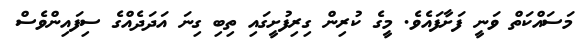
މަސައްކަތް ވަނީ ފަށާފައެވެ. މީގެ ކުރިން ގިރިފުށީގައި ތިބި ގިނަ އަދަދެއްގެ ސިފައިންވެސް